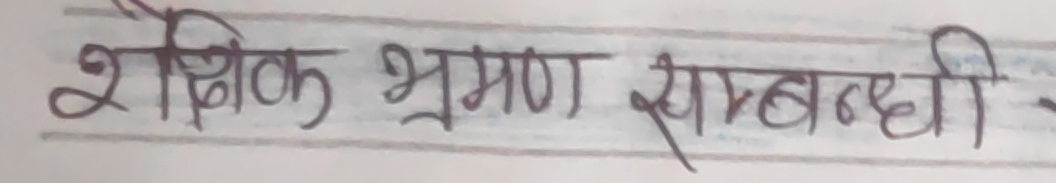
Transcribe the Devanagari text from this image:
शैक्षिक भ्रमण सम्बन्धी